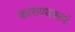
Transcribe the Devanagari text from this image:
कारुण्यरूपं